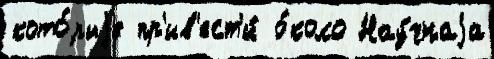
кото́рыjе пр'ив'ест'и́ о́коло Нау́чнаjа